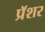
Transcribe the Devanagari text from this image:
प्रॅशर